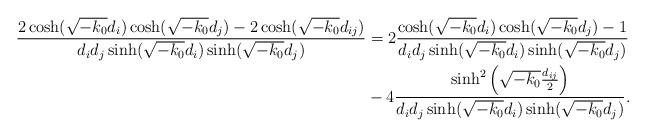
LaTeX: \begin{align*}\frac{2\cosh(\sqrt{-k_0}d_{i})\cosh(\sqrt{-k_0}d_{j})-2\cosh(\sqrt{-k_0}d_{ij})}{d_id_j\sinh(\sqrt{-k_0}d_{i})\sinh(\sqrt{-k_0}d_{j})}&=2\frac{\cosh(\sqrt{-k_0}d_{i})\cosh(\sqrt{-k_0}d_{j})-1}{d_id_j\sinh(\sqrt{-k_0}d_{i})\sinh(\sqrt{-k_0}d_{j})}\\ &-4\frac{\sinh^2\left(\sqrt{-k_0}\frac{d_{ij}}{2}\right)}{d_id_j\sinh(\sqrt{-k_0}d_{i})\sinh(\sqrt{-k_0}d_{j})}.\end{align*}